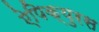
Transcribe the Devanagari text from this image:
ऐपिक्युरस